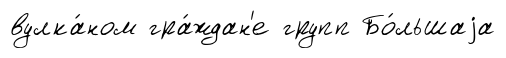
вулка́ном гра́ждан'е групп Бо́льшаjа